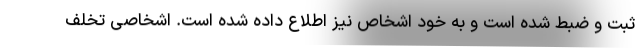
ثبت و ضبط شده است و به خود اشخاص نیز اطلاع داده شده است. اشخاصی تخلف